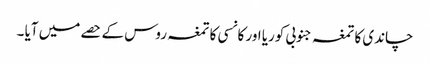
چاندی کا تمغہ جنوبی کوریا اور کانسی کا تمغہ روس کے حصے میں آیا ۔